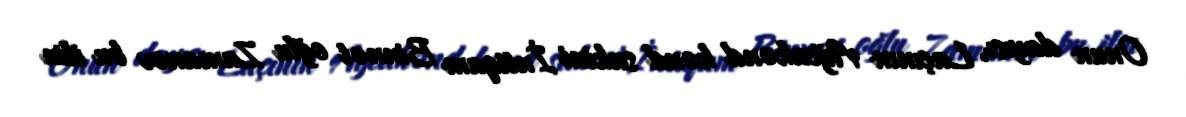
Onun dayısı, Laçının Ağcakənd kənd sakini İntiqam Binnət oğlu Zamanov bu ilin